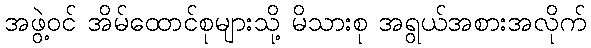
အဖွဲ့ဝင် အိမ်ထောင်စုများသို့ မိသားစု အရွယ်အစားအလိုက်